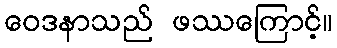
ဝေဒနာသည် ဖဿကြောင့်။